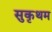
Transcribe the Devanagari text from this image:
सुकृथम